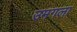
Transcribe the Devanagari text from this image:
उमगला